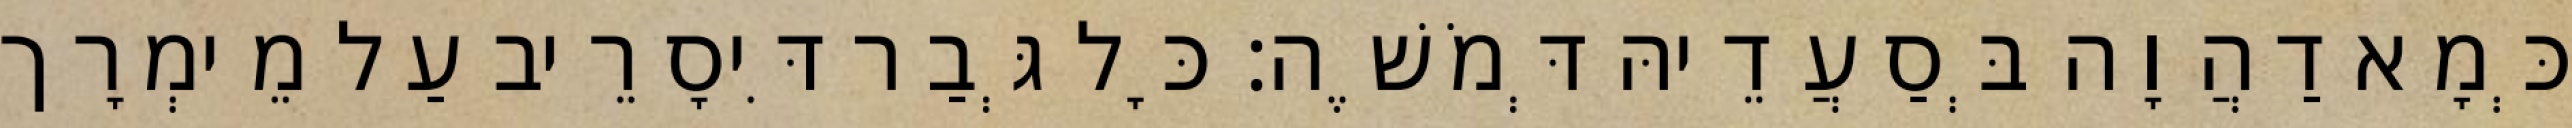
כְּמָא דַהֲוָה בְּסַעֲדֵיהּ דְּמֹשֶׁה׃ כָּל גְּבַר דִּיסָרֵיב עַל מֵימְרָך